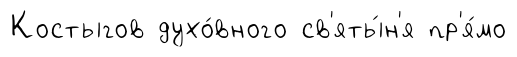
Костыгов духо́вного св'яты́н'я пр'я́мо